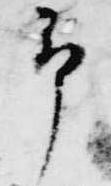
予